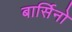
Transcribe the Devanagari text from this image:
बार्सिनो